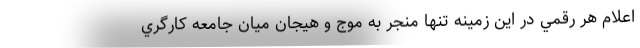
اعلام هر رقمي در اين زمينه تنها منجر به موج و هيجان ميان جامعه كارگري